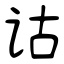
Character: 诂